Annual report of the Bengal Veterinary College and of the Civil Veterinary Department, Bengal, for the year 1907-1908 - 1907-1908
Year: 1907
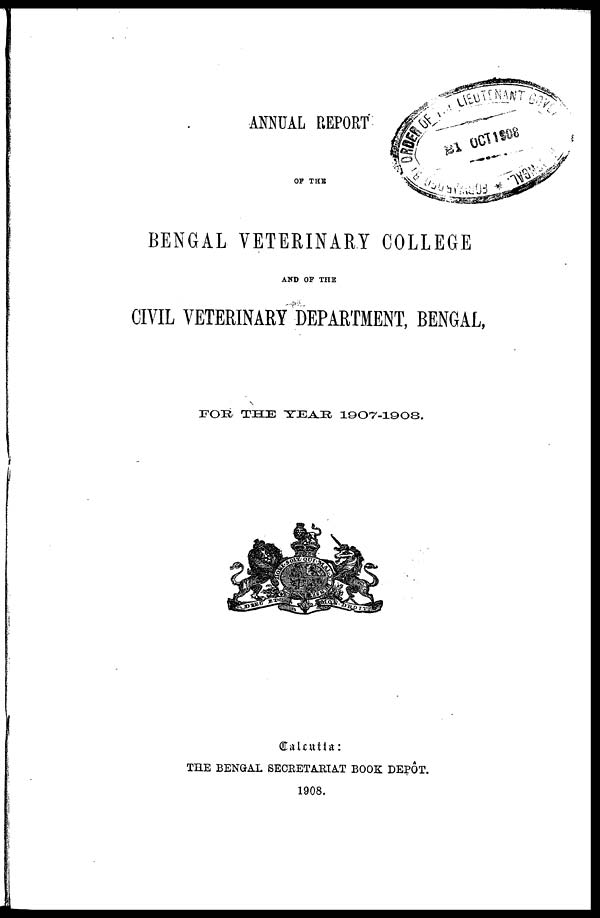
ANNUAL REPORT
OF THE
BENGAL VETERINARY COLLEGE
AND OF THE
CIVIL VETERINARY DEPARTMENT, BENGAL,
FOR THE YEAR, 1907-1908.
Calcutta:
THE BENGAL SECRETARIAT BOOK DEPOT.
1908.